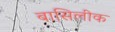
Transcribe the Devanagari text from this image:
बासिलीक